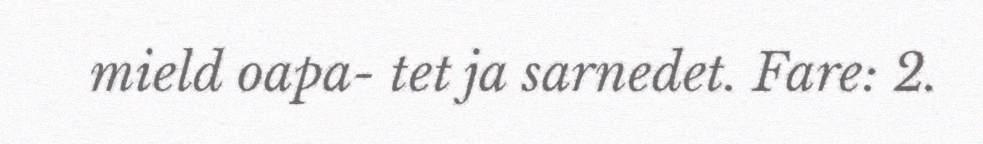
mield oapa- tet ja sarnedet. Fare: 2.